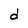
Character: d